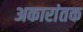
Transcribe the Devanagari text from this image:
अकारांतक